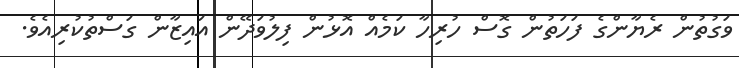
ވަގުތުން ރެޔާންގެ ފަހަތުން ގޮސް ހުރިހާ ކަމެއް އޮޅުން ފިލުވަދޭން އައިޒާން ގަސްތުކުރިއެވެ.